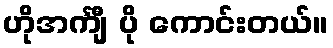
ဟိုအင်္ကျီ ပို ကောင်းတယ်။